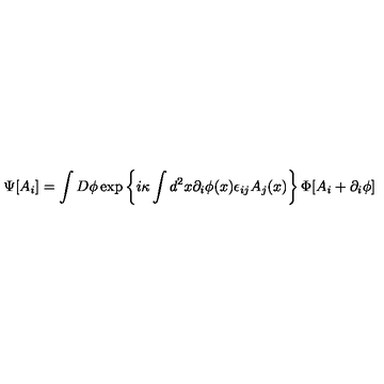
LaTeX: \Psi [ A _ { i } ] = \int D \phi \exp \left\{ i \kappa \int d ^ { 2 } x \partial _ { i } \phi ( x ) \epsilon _ { i j } A _ { j } ( x ) \right\} \Phi [ A _ { i } + \partial _ { i } \phi ]